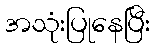
အသုံးပြုနေပြီး